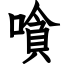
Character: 嗿